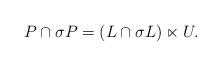
LaTeX: \begin{align*}P\cap\sigma P=(L\cap \sigma L)\ltimes U.\end{align*}